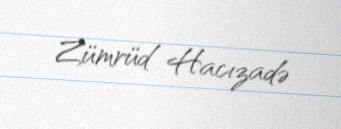
Zümrüd Hacızadə